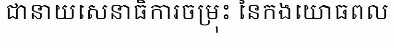
ជានាយសេនាធិការចម្រុះ នៃកងយោធពល